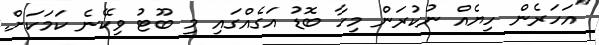
"އަހަރެން ހިޔެއް ނުކުރަން މިހާ ބޮޑު އަގެއްގައި މި ބޫޓު ވިކޭނެ ކަމަކަށް.